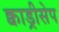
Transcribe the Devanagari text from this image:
क्वाड्रीसेप